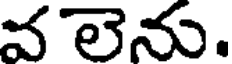
వ లెను.